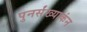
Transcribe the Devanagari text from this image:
पुनर्संख्याकंन